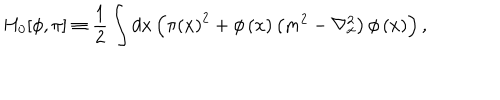
LaTeX: H _ { 0 } [ \phi , \pi ] \equiv \frac { 1 } { 2 } \int d x \left( \pi \left( x \right) ^ { 2 } + \phi \left( x \right) \left( m ^ { 2 } - \nabla _ { x } ^ { 2 } \right) \phi \left( x \right) \right) ,